Lunatic asylums in Bengal annual reports 1899-1911 - 1899-1911
Year: 1899
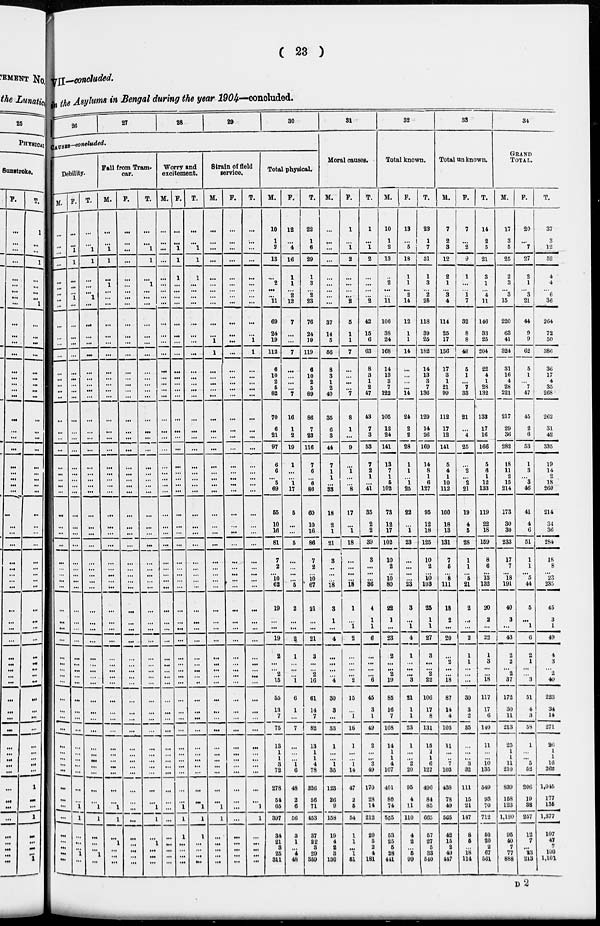
( 23 )
VII—concluded.
Return Asylums in Bengal during the year 1904—concluded.
26
27
28
29
30
CAUSES—concl uded.
Debility.
M.
...
...
...
...
...
...
...
...
...
...
...
...
...
...
...
...
...
...
...
...
...
...
...
...
...
...
...
...
...
...
...
...
...
...
...
...
...
...
...
...
...
...
...
...
...
...
...
...
...
...
...
...
...
...
...
...
...
...
...
...
...
...
F.
...
...
1
1
...
...
... 1
...
...
...
...
...
...
...
...
...
...
...
...
...
...
...
...
...
...
...
...
...
...
...
...
...
...
...
...
...
...
...
...
...
...
...
...
...
...
...
...
...
...
...
...
...
...
...
1
1
...
...
...
1
...
T.
...
...
1
1
...
...
...
1
...
...
...
...
...
...
...
...
...
...
...
...
...
...
...
...
...
...
...
...
...
...
...
...
...
...
...
...
...
...
...
...
...
...
...
...
...
...
...
...
...
...
...
...
...
...
...
1
1
...
...
...
1
...
Fall from Tram-
car.
M.
...
...
1
1
...
1
...
...
...
...
...
...
...
...
...
...
...
...
...
...
...
...
...
...
...
...
...
...
...
...
...
...
...
...
...
...
...
...
...
...
...
...
...
...
...
...
...
...
...
...
...
...
...
...
...
1
1
...
1
...
...
...
F.
...
...
...
...
...
...
...
...
...
...
...
...
...
...
...
...
...
...
...
...
...
...
...
...
...
...
...
...
...
...
...
...
...
...
...
...
...
...
...
...
...
...
...
...
...
...
...
...
...
...
...
...
...
...
...
...
...
...
...
...
...
...
T.
...
...
1
1
...
1
...
...
...
...
...
...
...
...
...
...
...
...
...
...
...
...
...
...
...
...
...
...
...
...
...
...
...
...
...
...
...
...
...
...
...
...
...
...
...
...
...
...
...
...
...
...
...
...
...
1
1
...
1
...
...
...
Worry and
excitement.
M.
...
...
...
...
...
...
...
...
...
...
...
...
...
...
...
...
...
...
...
...
...
...
...
...
...
...
...
...
...
...
...
...
...
...
...
...
...
...
...
...
...
...
...
...
...
...
...
...
...
...
...
...
...
...
...
...
...
...
...
...
...
...
F.
...
...
1
1
1
...
...
...
...
...
...
...
...
...
...
...
...
...
...
...
...
...
...
...
...
...
...
...
...
...
...
...
...
...
...
...
...
...
...
...
...
...
...
...
...
...
...
...
...
...
...
...
...
...
...
1
1
1
...
...
...
...
T.
...
...
1
1
1
...
...
...
...
...
...
...
...
...
...
...
...
...
...
...
...
...
...
...
...
...
...
...
...
...
...
...
...
...
...
...
...
...
...
...
...
...
...
...
...
...
...
...
...
...
...
...
...
...
...
1
1
1
...
...
...
...
Strain of field
service.
M.
...
...
...
...
...
...
...
...
...
...
...
1
1
...
...
...
...
...
...
...
...
...
...
...
...
...
...
...
...
...
...
...
...
...
...
...
...
...
...
...
...
...
...
...
...
...
...
...
...
...
...
...
...
...
...
1
1
...
...
...
...
...
F.
...
...
...
...
...
...
...
...
...
...
...
...
...
...
... ...
...
...
...
...
...
...
...
...
...
...
...
...
...
...
...
...
...
...
...
...
...
...
...
...
...
...
...
...
...
...
...
...
...
...
...
...
...
...
...
...
...
...
...
...
...
...
T.
...
...
...
...
...
...
...
...
...
...
...
1
1
...
...
...
...
...
...
...
...
...
...
...
...
...
...
...
...
...
...
...
...
...
...
...
...
...
...
...
...
...
...
...
...
...
...
...
...
...
...
...
...
...
...
1
1
...
...
...
...
...
Total physical.
M.
10
1
2
13
...
2
...
...
11
69
24
19
112
6
10
2
5
82
70
6
21
97
6
6
...
5
69
55
10
16
81
7
2
... 10
62
19
...
...
19
2
...
2
15
55
13
7
75
13
1
1
3
72
278
54
65
397
34
21
3
25
311
F.
12
...
4
16
1
1
... 2
12
7
...
...
7
...
...
...
...
7
16
1
2
19
1
...
...
1
17
5
...
...
5
...
...
...
...
5
2
...
...
2
1
...
...
1
6
1
...
7
...
...
...
1
6
48
2
6
56
3
1
...
4
48
T.
22
1
6
29
1
3
... 2
23
76
24
19
119
6
10
2
5
89
86
7
23
116
7
6
...
6
86
60
10
16
86
7
2
... 10
67
21
...
...
21
3
...
2
10
61
14
7
82
13
1
1
4
78
326
56
71
453
37
22
3
29
359
31
Moral causes.
M.
...
...
...
...
...
...
... ...
...
37
14
5
56
8
3
1
2
40
35
6
3
44
7
1
1
...
33
18
2
1
21
3
...
...
...
18
3
1
...
4
...
...
...
4
30
3
...
33
1
...
...
1
35
123
26
9
158
19
4
2
3
130
F.
1
...
1
2
...
...
... ...
2
5
1
1
7
...
...
...
...
7
8
1
...
9
...
1
...
...
8
17
...
1
18
...
...
...
...
18
1
...
1
2
...
...
...
2
15
...
1
16
1
...
...
1
14
47
2
5
54
1
1
...
1
51
T.
1
...
1
2
...
...
...
...
2
42
15
6
63
8
3
1
2
47
43
7
3
53
7
2
1
...
41
35
2
2
39
3
...
...
...
36
4
1
1
6
...
...
...
6
45
3
1
49
2
...
...
2
49
170
28
14
212
20
5
2
4
181
32
Total known.
M.
10
1
2
13
...
2*
...
...
11
106
38
24
168
14
13
3
7
122
105
12
24
141
13
7
1
5
102
73
12
17
102
10
2
...
10
80
22
1
...
23
2
...
2
19
85
16
7
108
14
1
1
4
107
401
80
74
555
53
25
5
28
441
F.
13
...
5
18
1
1
... 2
14
12
1
1
14
...
...
...
...
14
24
2
2
28
1
1
...
1
25
22
...
1
23
...
...
...
...
23
3
...
1
4
1
...
...
3
21
1
1
23
1
...
...
2
20
95
4
11
110
4
2
...
5
99
T.
23
1
7
31
1
3
...
2
25
118
39
25
182
14
13
3
7
136
129
14
26
169
14
8
1
6
127
95
12
18
125
10
2
...
10
103
25
1
1
27
3
...
2
22
106
17
8
131
15
1
1
6
127
496
84
85
665
57
27
5
33
540
33
Total unknown.
M.
7
2
3
12
2
1
...
3
4
114
25
17
156
17
3
1
21
99
112
17
12
141
5
4
1
10
112
100
18
13
131
7
5
... 8
111
18
2
...
20
...
2
...
18
87
14
4
105
11
...
...
7
103
438
78
49
565
42
15
2
49
447
F.
7
...
2
9
1
...
... 1
7
32
8
8
48
5
1
...
7
33
21
...
4
25
...
2
...
2
21
19
4
5
28
1
1
...
5
21
2
...
...
2
1
1
...
...
30
3
2
35
...
...
...
3
32
111
15
21
147
8
5
...
18
114
T.
14
2
5
21
3
1
...
4
11
146
33
25
204
22
4
1
28
132
133
17
16
166
5
6
1
12
133
119
22
18
159
8
6
...
13
132
20
2
...
22
1
3
...
18
117
17
6
140
11
...
...
10
135
549
93
70
712
50
20
2
67
561
34
GRAND
TOTAL.
M.
17
3
5
25
2
3
... 3
15
220
63
41
324
31
16
4
28
221
217
29
36
282
18
11
2
15
214
173
30
30
233
17
7
... 18
191
40
3
...
43
2
2
2
37
172
30
11
213
25
1
1
11
210
839
158
123
1,120
95
40
7
77
888
F.
20
...
7
27
2
1
...
3
21
44
9
9
62
5
1
...
7
47
45
2
6
53
1
3
...
3
46
41
4
6
51
1
1
... 5
44
5
...
1
6
2
1
...
3
51
4
3
58
1
...
...
5
52
206
19
32
257
12
7
...
23
213
T.
37
3
12
52
4
4
...
6
36
264
72
50
386
36
17
4
35
268
262
31
42
335
19
14
2
18
260
214
34
36
284
18
8
...
23
235
45
3
1
49
4
3
2
40
223
34
14
271
26
1
1
16
262
1,045
177
155
1,377
107
47
7
100
1,101
D 2